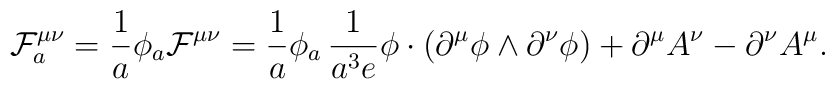
{\cal F}_{a}^{\mu \nu}= \frac {1}{a} \phi_{a} {\cal F}^{\mu \nu}=\frac {1}{a} \phi_{a}\, \frac {1}{a^{3}e} \phi \cdot (\partial^{\mu} \phi\wedge \partial^{\nu} \phi) + \partial^{\mu}A^{\nu}- \partial^{\nu}A^{\mu}.